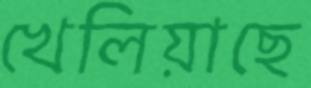
খেলিয়াছে